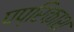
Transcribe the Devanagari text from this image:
पप्रिकाश